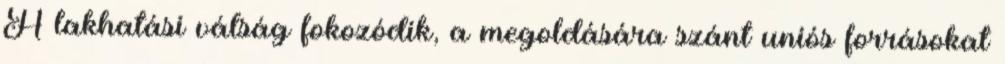
A lakhatási válság fokozódik, a megoldására szánt uniós forrásokat